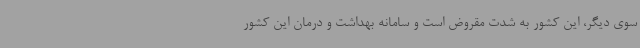
سوی دیگر، این کشور به شدت مقروض است و سامانه بهداشت و درمان این کشور